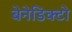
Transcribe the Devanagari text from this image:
बेनेडिक्टो